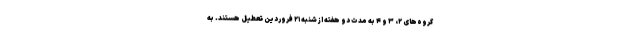
گروه‌های ۲، ۳ و ۴ به مدت دو هفته از شنبه ۲۱ فروردین تعطیل هستند. به